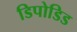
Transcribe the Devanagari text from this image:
डिपोडिड